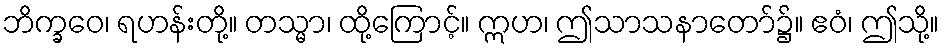
ဘိက္ခဝေ၊ ရဟန်းတို့။ တသ္မာ၊ ထို့ကြောင့်။ ဣဟ၊ ဤသာသနာတော်၌။ ဧဝံ၊ ဤသို့။